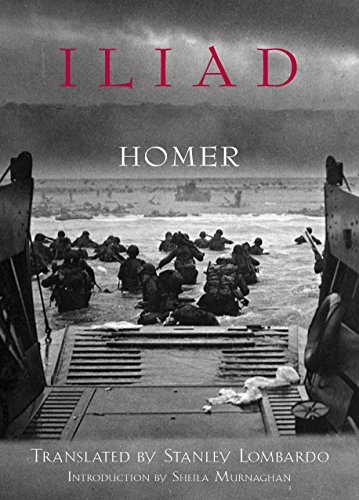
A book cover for Iliad (Hackett Classics); Homer; Literature & Fiction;